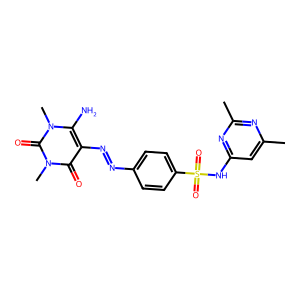
SMILES: Cc1cc(NS(=O)(=O)c2ccc(N=Nc3c(N)n(C)c(=O)n(C)c3=O)cc2)nc(C)n1
Inhibits HIV replication: No